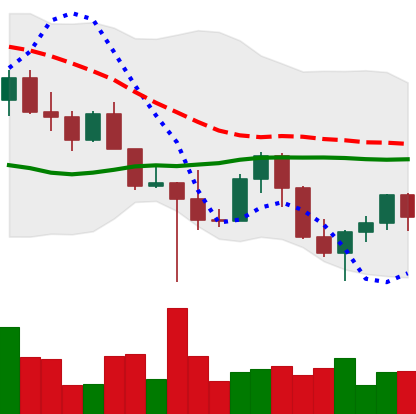
Ticker: LINK-USD
Chart end date: 2022-10-24
Forward return: 10.117%
Label: up_7plus